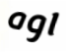
اوه